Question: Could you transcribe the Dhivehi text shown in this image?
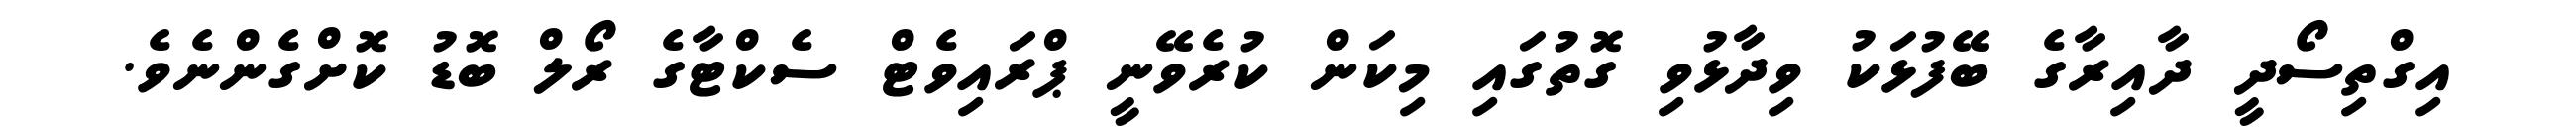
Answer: އިގްތިސޯދީ ދާއިރާގެ ބޭފުޅަކު ވިދާޅުވި ގޮތުގައި މިކަން ކުރެވޭނީ ޕްރައިވެޓް ސެކްޓާގެ ރޯލް ބޮޑު ކޮށްގެންނެވެ.